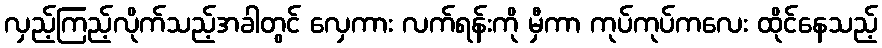
လှည့်ကြည့်လိုက်သည့်အခါတွင် လှေကား လက်ရန်းကို မှီကာ ကုပ်ကုပ်ကလေး ထိုင်နေသည့်